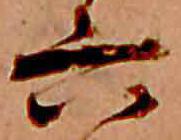
六